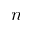
\boldsymbol n